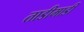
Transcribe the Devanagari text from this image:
ताडीमाडी